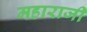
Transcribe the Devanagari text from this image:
महाराजी